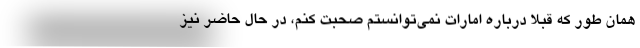
همان طور که قبلا درباره امارات نمی‌توانستم صحبت کنم، در حال حاضر نیز